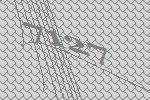
7127